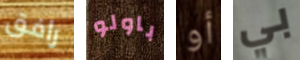
رافق باولو أو بي